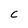
Character: C